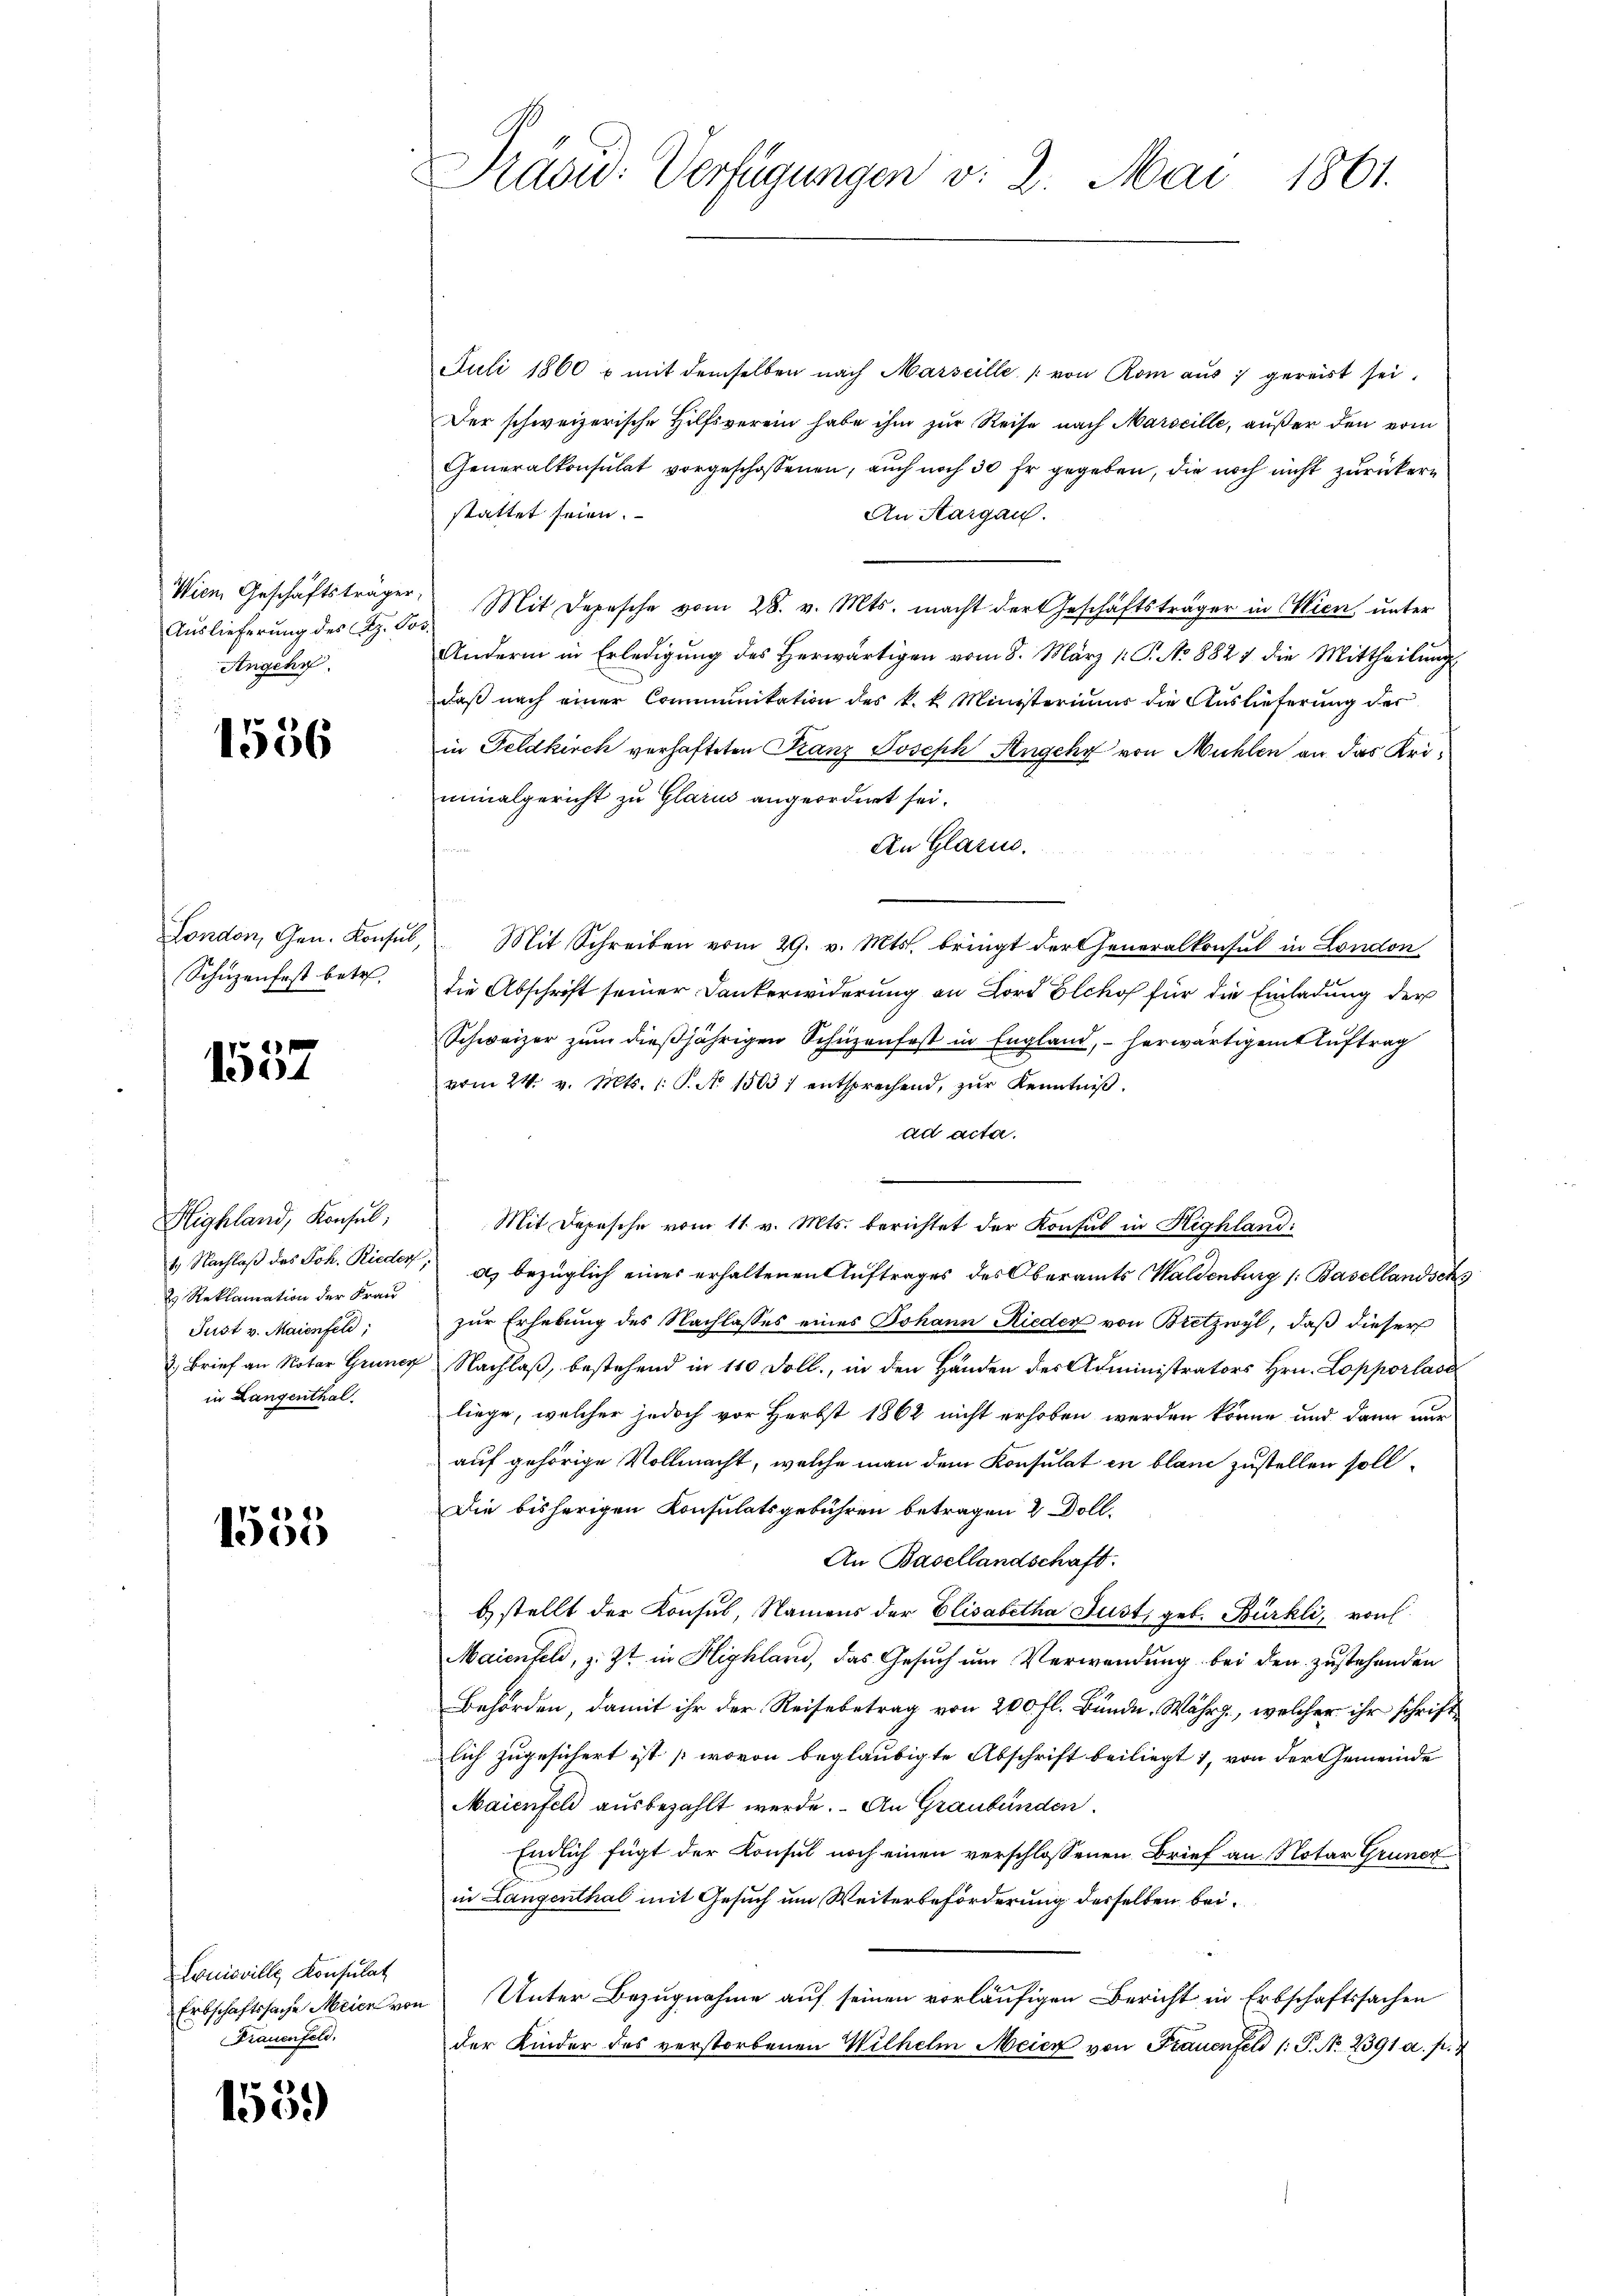
Wien Geschäftsträger,
Auslieferung des Az. So¬
Angehr

1556

londen Gen. Konsul
Schüzenfest betr.

6
1501

Highland, Konsul,
1.) Nachlaß des Joh. Rieders.
2 Reklamation der Frau
Just v. Maienfeld,
2. Brief an Notar Gruner
in Langenthal.

1535

Louisville Konsulat
Erbschaftssache Meien von
Frauenfeld.

155.

Präsid. Verfügungen v. 2. Mai 1861.

Juli 1860 u mit demselben nach Marseille von Rom aŭs : gereist sei.
Der schweizerische Hilfsverein habe ihm zur Reise nach Marseille, außer den vom
Generalkonsulat vorgeschossenen, auch noch 30 fr gegeben, die noch nicht zurückern
stattet seien.
An Aargau.
Mit Depesche vom 28. v. Mts. macht der Geschäftsträger in Wien unter
Andern in Erledigung des Herwärtigen vom 8. März 1. P. No 8827 die Mittheilung
daß nach einer Communikation des k. k. Ministeriums die Auslieferung der
in Feldkirch verhafteten Kranz Joseph Angchy von Mühlen an das Uriminalgericht zu Glarus angeordnet sei.
An Glarus.
d
 Mit Schreiben vom 29. v. Mts. bringt der Generalkonsul in London
die Abschrift seiner Dankerwiderung an Lord Elchof für die Einladung der
Schweizer zŭm dieβjährigen Schüzenfast in England, - herwärtigem Auftrag
vom 24. v. Mts. 1. P. No 1303) entsprechend, zŭr Kenntniβ.
ad acta.
Mit Depesche vom 11. v. Mts. berichtet der Konsul in Highland:
a) bezüglich eines erhaltenen Auftrages des Oberamts Waldenburg (: Basellandsch
zur Erhebung des Nachlasses eines Johann Rieder von Bretzwyl, daß dieser
Nachlaß, bestehend in 110 Doll, in den Händen der Administrators Hrn. Lopporlass
liege, welcher jedoch vor Herbst 1862 nicht erhoben werden könne und dann nur
auf gehörige Vollmacht, welche man dem Konsulat in blanc zustellen soll¬
Die bisherigen Konsulatsgebühren betragen & Doll-
An Basellandschaft.
b stellt der Konsul, Namens der Elisabetha Just, geb. Bürkli, von
Maienfeld, z. Zt. in Highland, das Gesuch um Verwendung bei den zustehenden
Behörden, damit ihr der Reisebetrag von 200 fl. Bunde. Währz., welcher ihr schriftlich zugesichert ist (wovon beglaubigte Abschrift beiliegt 1, von der Gemeinde
Maienfeld ausbezahlt werde. An Graubünden.
Endlich fügt der Konsul noch einen verschlossenen Brief an Notar Gruner
in Langenthal mit Gesuch um Weiterbeförderung desselben bei¬
Unter Bezugnahme auf seinen vorläufigen Bericht in Erbschaftssachen
der Kinder des verstorbenen Wilhelm Meier von Frauenfeld (: P. No. 2391 a. p. 7